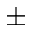
\pm